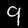
Label: 9